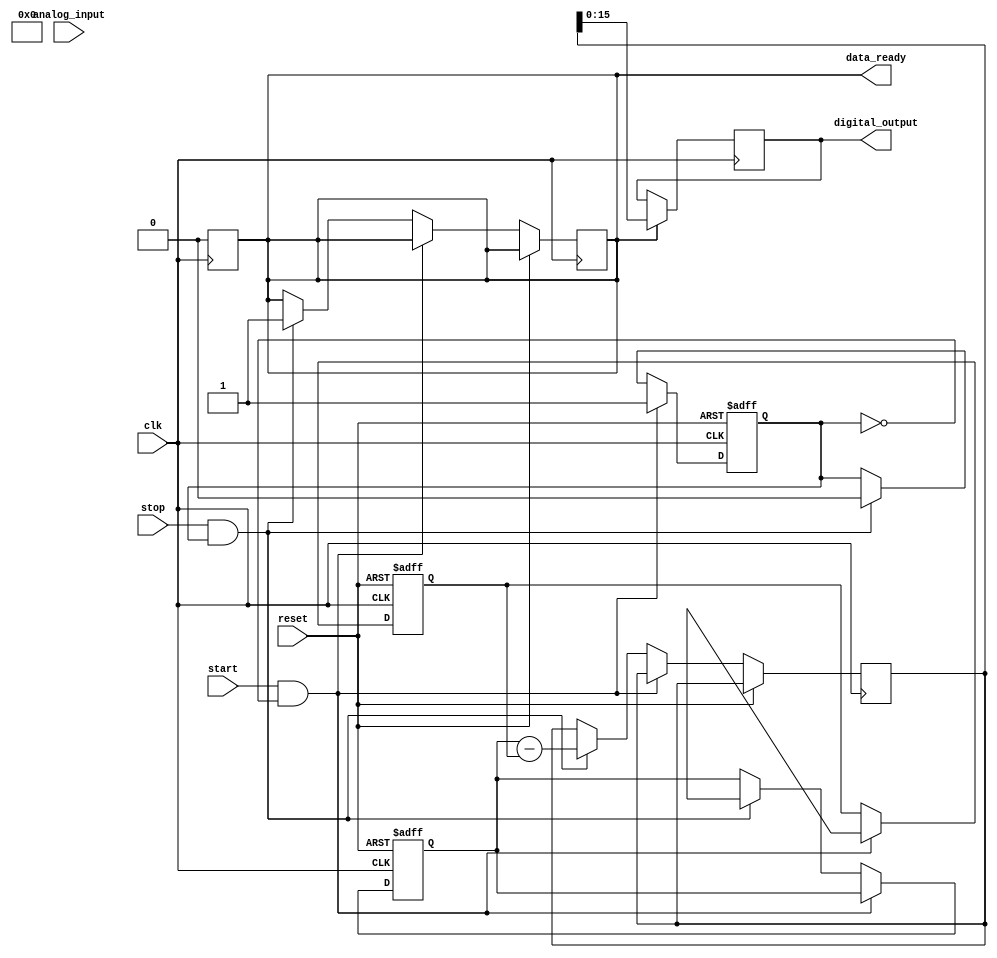
module TDC (
    input wire clk,                   // System clock
    input wire reset,                 // Reset signal
    input wire start,                 // Start measurement signal
    input wire stop,                  // Stop measurement signal
    input wire [11:0] analog_input,   // Analog input signal (for ADC)
    output reg [15:0] digital_output, // Digital output of the TDC
    output reg data_ready             // Data ready signal
);

    // Internal signals
    reg [31:0] time_start;            // Start time
    reg [31:0] time_stop;             // Stop time
    reg [31:0] time_interval;         // Time interval measurement
    reg [11:0] adc_output;            // ADC output
    reg [7:0] memory [0:255];         // Memory block for storing measurements
    reg [7:0] mem_ptr;                // Memory pointer for FIFO
    reg measuring;                    // Measuring state

    // Time Measurement Unit (TMU)
    always @(posedge clk or posedge reset) begin
        if (reset) begin
            time_start <= 0;
            time_stop <= 0;
            measuring <= 0;
        end else if (start && !measuring) begin
            time_start <= $time; // Capture start time
            measuring <= 1;
        end else if (stop && measuring) begin
            time_stop <= $time; // Capture stop time
            measuring <= 0;
            time_interval <= time_stop - time_start; // Calculate time interval
            adc_output <= analog_input; // Simulate ADC output
            memory[mem_ptr] <= adc_output; // Store ADC output in memory
            mem_ptr <= mem_ptr + 1; // Increment memory pointer
            data_ready <= 1; // Set data ready signal
        end
    end

    // Digital Processing Unit (DPU)
    always @(posedge clk) begin
        if (data_ready) begin
            digital_output <= time_interval[15:0]; // Output lower 16 bits of time interval
            data_ready <= 0; // Clear data ready signal
        end
    end

    // Memory Block (FIFO)
    // Note: This is a simple memory block; a real FIFO implementation would require more logic.
    always @(posedge clk) begin
        if (mem_ptr >= 255) begin
            mem_ptr <= 0; // Wrap around memory pointer
        end
    end

endmodule